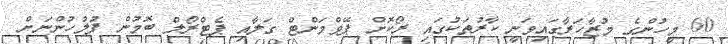
60 މީހުންގެ މުޒާހަރާގައިވަނީ ކާރުތަކުގައި ރޯކޮށް ޕޭވްމަންޓް ގަލާއި ޕެޓްރޯލް ބޮމުން ފުލުހުންނަށް